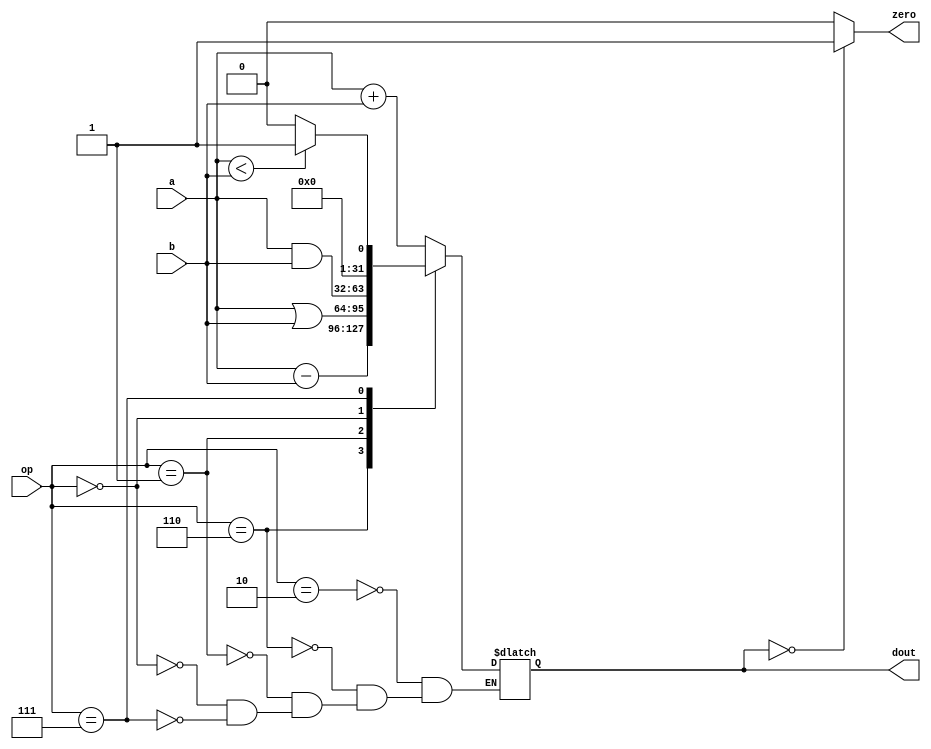
module alu(op, a, b, zero, dout);
	input		[3:0]	op;
	input		[31:0]	a;
	input		[31:0]	b;
	output				zero;
	output reg	[31:0]	dout;

	assign zero = dout == 0 ? 1 : 0;
	always @(op or a or b) begin
		case(op)
			4'b0010 : dout = a + b;
			4'b0110 : dout = a - b;
			4'b0001 : dout = a | b;
			4'b0000 : dout = a & b;
			4'b0111 : begin
				dout = a < b ? 1 : 0;
			end
		endcase
	end
endmodule